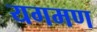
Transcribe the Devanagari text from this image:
यगमण